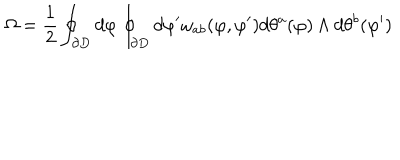
\Omega = \frac { 1 } { 2 } \oint _ { \partial D } d \varphi \oint _ { \partial D } d \varphi ^ { \prime } \omega _ { a b } ( \varphi , \varphi ^ { \prime } ) d \theta ^ { a } ( \varphi ) \wedge d \theta ^ { b } ( \varphi ^ { \prime } )